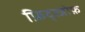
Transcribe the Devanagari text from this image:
फ्रिद्त्जोफ़